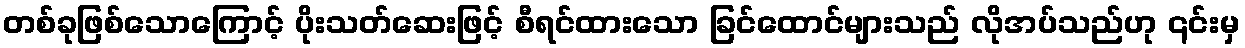
တစ်ခုဖြစ်သောကြောင့် ပိုးသတ်ဆေးဖြင့် စီရင်ထားသော ခြင်ထောင်များသည် လိုအပ်သည်ဟု ၎င်းမှ